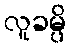
လူခမ္ပိ